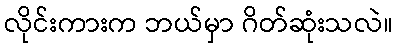
လိုင်းကားက ဘယ်မှာ ဂိတ်ဆုံးသလဲ။